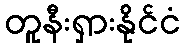
တူနီးရှားနိုင်ငံ